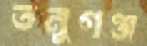
তনুগঞ্জ